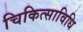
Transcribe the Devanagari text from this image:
चिकित्साविधि